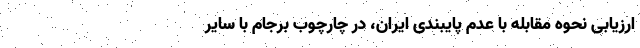
ارزیابی نحوه مقابله با عدم پایبندی ایران، در چارچوب برجام با سایر